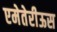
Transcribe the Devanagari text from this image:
एमेतेरीऊस